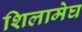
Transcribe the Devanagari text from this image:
शिलामेघ